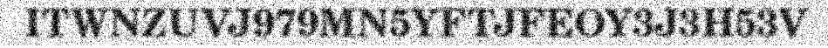
ITWNZUVJ979MN5YFTJFEOY3J3H53V